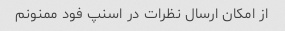
از امکان ارسال نظرات در اسنپ فود ممنونم